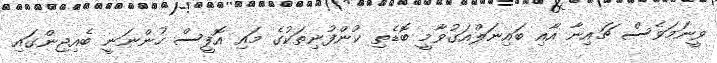
ވީނަމަވެސް ޗައިނާ އާއި ބައިނަލްއަގުވާމީ ބޮޑެތި ކުންފުނިތަކުގެ މައި އޮފީސް ހުންނަނީ ބެއިޖިންގައި